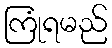
ကြုံရမည်